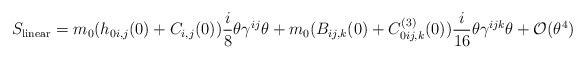
LaTeX: \begin{align*}S_{{\rm linear}} = m_0 (h_{0i,j}(0) +C_{i,j}(0)) {i \over 8} \theta \gamma^{ij} \theta + m_0 (B_{ij,k}(0) + C^{(3)}_{0ij,k}(0)) {i \over 16} \theta \gamma^{ijk} \theta +{\cal O} (\theta^4)\end{align*}